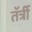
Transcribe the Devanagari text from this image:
तॅर्त्री